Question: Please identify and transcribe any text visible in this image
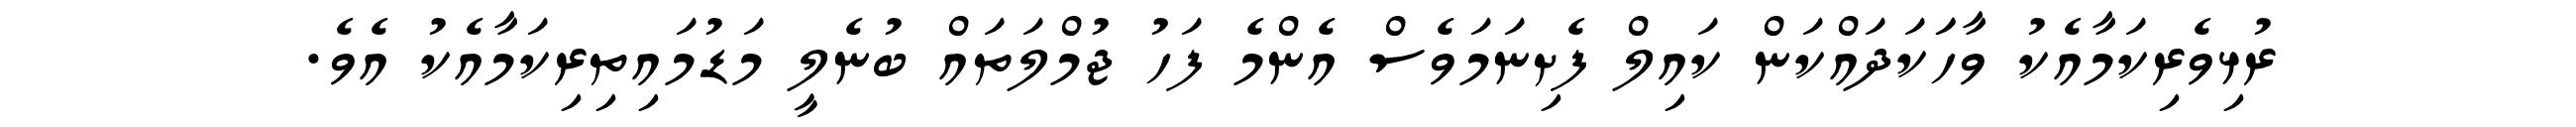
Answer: ރުޅިވެރިކަމާއެކު ވާހަަކަދައްކަން ކައިލް ފެށިނަމަވެސް އެންމެ ފަހު ޖުމްލަތައް ބުނެލީ މަޑުމައިތިރިކަމާއެކު އެވެ.